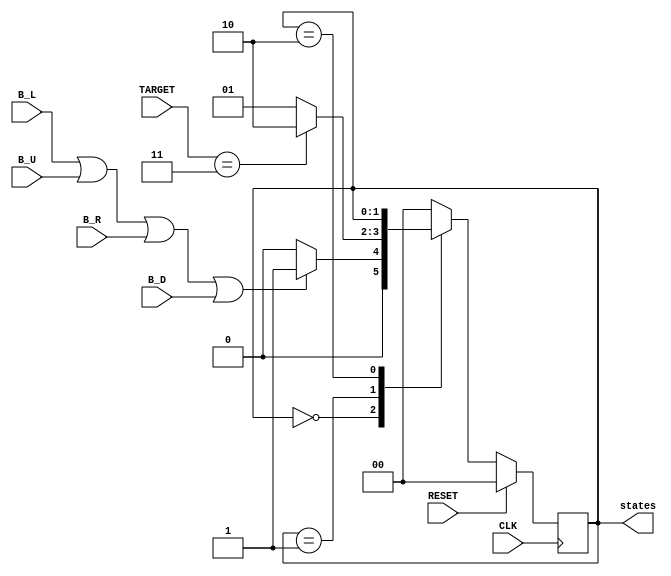
module Master_State_Machine(
   input CLK,     //gibe the CLK signal
   input RESET,   //give the reset signal  
   // any button pressed can be make the state change
   input B_L,     
   input B_U,
   input B_R,
   input B_D,
   input [3:0] TARGET, // how many target eaten by snake
   // state could be the output
   output [1:0] states
    );
    
      
    reg [1:0] Mas_Curr_state;
    reg [1:0] Mas_Next_state;
    //assign currentstate to output states as connecting
    assign states = Mas_Curr_state;
   
    always@(posedge CLK) begin
       if(RESET)
           Mas_Curr_state<=2'b00;
       else 
           Mas_Curr_state  <= Mas_Next_state;
       end
      
     always@(B_L or B_U or B_R or B_D or Mas_Curr_state or TARGET) begin
         case(Mas_Curr_state)
         //idle state 
         2'b00  :begin
         
                if(B_L || B_U || B_R || B_D)
                   Mas_Next_state <= 2'b01;
                else
                   Mas_Next_state <= 2'b00;
                end
         //play state
         2'b01  :begin
                if(TARGET == 5'd3)
                   Mas_Next_state <= 2'b10;
                else
                   Mas_Next_state <= 2'b01;
                end
                
         // the win state, remain at this state when achivevd        
         2'b10  :begin
                 Mas_Next_state <= Mas_Curr_state;  
                end
                
         default:
                Mas_Next_state <= 2'b00;
         endcase 
       end    
         
endmodule